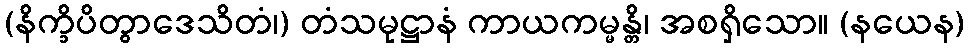
(နိက္ခိပိတွာဒေသိတံ၊) တံသမုဋ္ဌာနံ ကာယကမ္မန္တိ၊ အစရှိသော။ (နယေန)